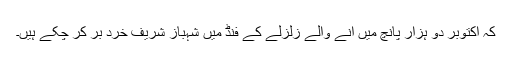
کہ اکتوبر دو ہزار پانچ میں آنے والے زلزلے کے فنڈ میں شہباز شریف خرد بر کر چکے ہیں۔